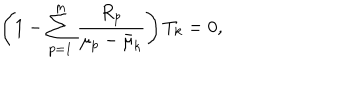
LaTeX: \left( 1 - \sum _ { p = 1 } ^ { m } \frac { R _ { p } } { \mu _ { p } - \bar { \mu } _ { k } } \right) T _ { k } = 0 ,